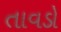
તાવડો